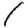
Digit: 1